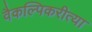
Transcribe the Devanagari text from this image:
वैकल्पिकरीत्या